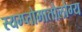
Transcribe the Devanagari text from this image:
स्यम्प्तोमातोलोग्य